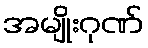
အမျိုးဂုဏ်